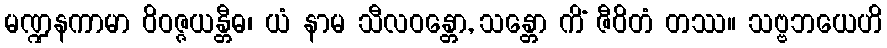
မဏ္ဍနကာမာ ဝိဝဇ္ဇယန္တီဓ၊ ယံ နာမ သီလဝန္တော, သန္တော ကိံ ဇီဝိတံ တဿ။ သဗ္ဗဘယေဟိ